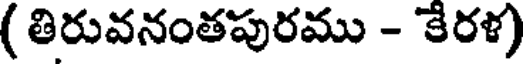
( తిరువనంతపురము - కేరళ)